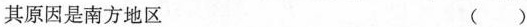
其原因是南方地区 ( )